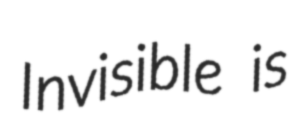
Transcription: Invisible is